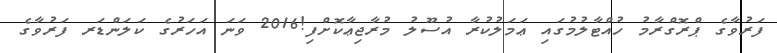
ފަރުވާގެ ޕްރޮގްރާމު ހުއްޓާލުމުގައި ޢަމަލުކުރާ އުސޫލު މުރާޖިޢާކޮށްފި!2016 ވަނަ އަހަރުގެ ކަލަންޑަރ ފަރުވާގެ